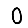
Digit: 0